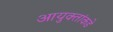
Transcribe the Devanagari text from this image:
आयुक्‍तांकडे